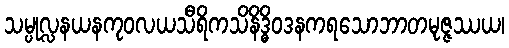
သမ္ပုလ္လနယနကုဝလယသီရိကသိနိဒ္ဓိဝဒနကရသောဘာတမုဇ္ဇဿယ၊